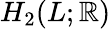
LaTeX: H_{2}(L;\mathbb{R})